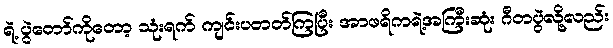
ရဲ့ ပွဲတော်ကိုတော့ သုံးရက် ကျင်းပတတ်ကြပြီး အာဖရိကရဲ့အကြီးဆုံး ဂီတပွဲလို့လည်း